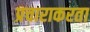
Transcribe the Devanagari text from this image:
प्रचाराकरता